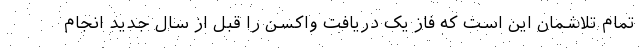
تمام تلاشمان این است که فاز یک دریافت واکسن را قبل از سال جدید انجام